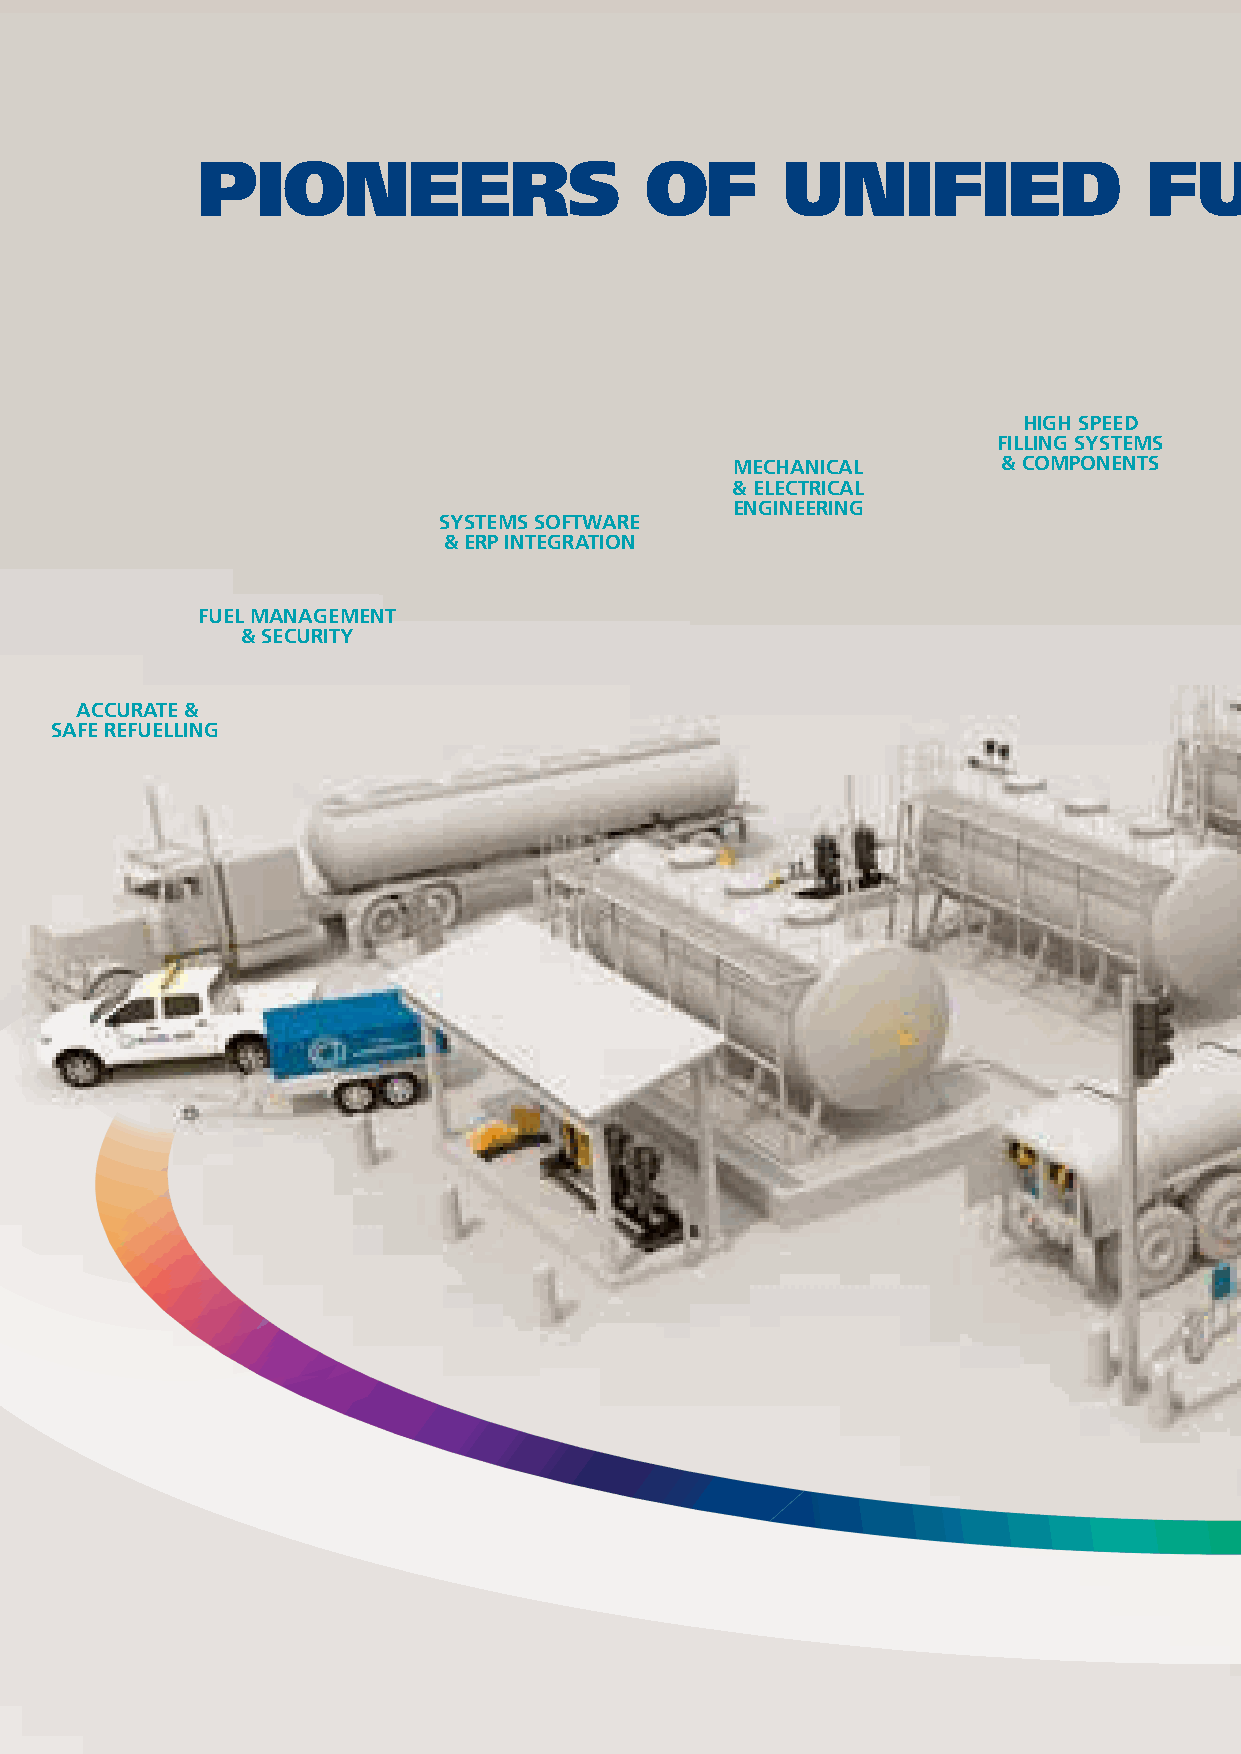
PIONEERS                      OF       UNIFIED                 FUEL           MANAGEMENT                                  (UFM)
 HIGH SPEED
 FILLING SYSTEMS  FUEL SYSTEMS SERVICING
 MECHANICAL       & COMPONENTS        & MAINTENANCE        PROJECT
 & ELECTRICAL                                             MANAGEMENT
 ENGINEERING                                                EXPERTISE
 SYSTEMS SOFTWARE                                                                            ENVIRONMENTAL
 & ERP INTEGRATION                                                                           ACCOUNTABILITY
 FUEL MANAGEMENT
 & SECURITY                                                                                                             CARBON EMISSION
 MANAGEMENT & TAX REPORTING
 ACCURATE &
 SAFE REFUELLING
 FUEL CLEANLINESS